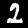
Label: 2